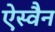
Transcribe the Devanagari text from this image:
ऐस्वैन